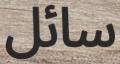
سائل